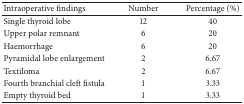
<table><thead><tr><td><b>Intraoperative findings</b></td><td><b>Number</b></td><td><b>Percentage (%)</b></td></tr></thead><tbody><tr><td>Single thyroid lobe</td><td>12</td><td>40</td></tr><tr><td>Upper polar remnant</td><td>6</td><td>20</td></tr><tr><td>Haemorrhage</td><td>6</td><td>20</td></tr><tr><td>Pyramidal lobe enlargement</td><td>2</td><td>6.67</td></tr><tr><td>Textiloma</td><td>2</td><td>6.67</td></tr><tr><td>Fourth branchial cleft fistula</td><td>1</td><td>3.33</td></tr><tr><td>Empty thyroid bed</td><td>1</td><td>3.33</td></tr></tbody></table>